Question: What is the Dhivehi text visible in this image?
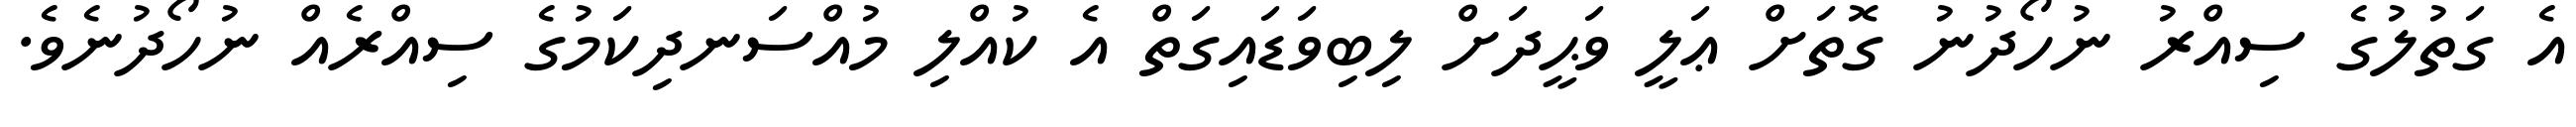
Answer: އެ ގަތުލުގެ ސިއްރު ނުހޯދުނު ގޮތަށް ޢަލީ ވަޙީދަށް ލިބިވަޑައިގަތް އެ ކުއްލި މުއްސަނދިކަމުގެ ސިއްރެއް ނުހޯދުނެވެ.